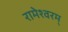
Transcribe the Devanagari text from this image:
रामेश्वरम्‌